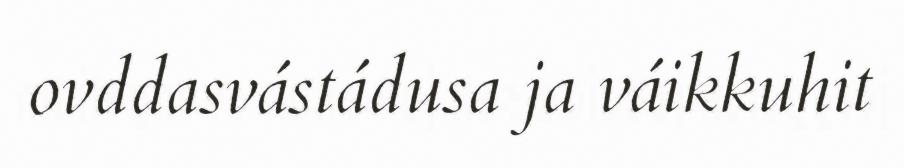
ovddasvástádusa ja váikkuhit